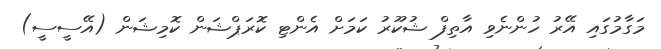
މަގާމުގައި އޭރު ހުންނެވި އާތިފް ޝުކޫރު ކަމަށް އެންޓި ކޮރަޕްޝަން ކޮމިޝަން (އޭސީސީ)